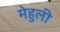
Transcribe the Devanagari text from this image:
मेहुली